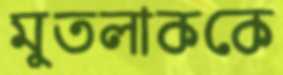
মুতলাককে